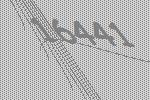
16441